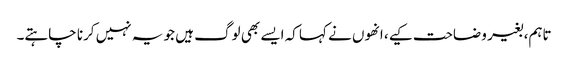
تاہم، بغیر وضاحت کیے، انھوں نے کہا کہ ایسے بھی لوگ ہیں جو یہ نہیں کرنا چاہتے۔